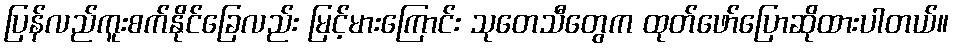
ပြန်လည်ကူးစက်နိုင်ခြေလည်း မြင့်မားကြောင်း သုတေသီတွေက ထုတ်ဖော်ပြောဆိုထားပါတယ်။